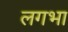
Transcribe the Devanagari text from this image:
लगभा